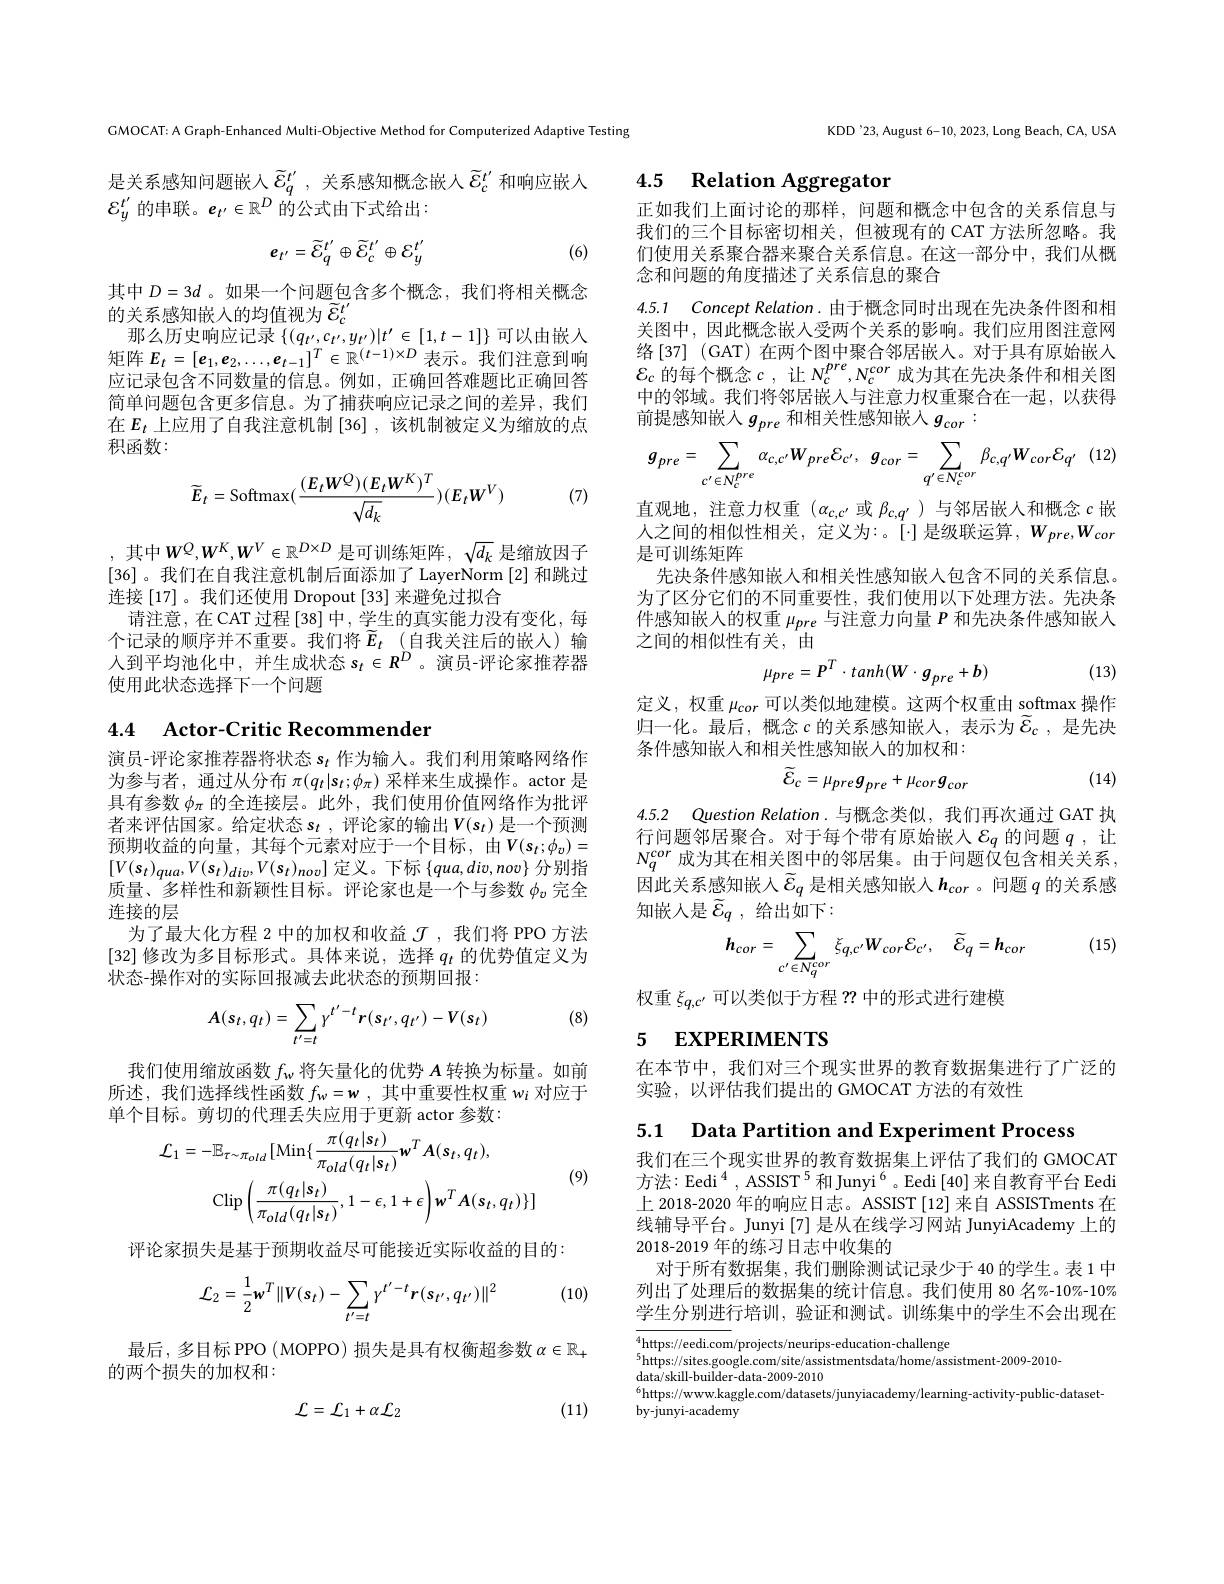
GMOCAT: A Graph-Enhanced Multi-Objective Method for Computerized Adaptive Testing

是关系感知问题嵌入$\tilde{\varepsilon}_q^{t^{\prime}}$,关系感知概念嵌人$\tilde{\varepsilon}_c^{t^{\prime}}$和响应嵌入
${\mathcal{E}}_y^{t^{\prime}}$的串联。$e_t^{\prime}\in\mathbb{R}^D$ 的公式由下式给出：
$$e_{t^{\prime}}=\widetilde{\mathcal{E}}_{q}^{t^{\prime}}\oplus\widetilde{\mathcal{E}}_{c}^{t^{\prime}}\oplus\mathcal{E}_{y}^{t^{\prime}}$$
(6)

其中$D=3d$ 。如果一个问题包含多个概念，我们将相关概念
的关系感知嵌入的均值视为$\widetilde{\varepsilon}_c^{t^{\prime}}$
那么历史响应记录$\{(q_{t^{\prime}},c_{t^{\prime}},y_{t^{\prime}})|t^{\prime}\in[1,t-1]\}$可以由嵌入矩阵$E_t=[\boldsymbol{e}_1,\boldsymbol{e}_2,\ldots,\boldsymbol{e}_{t-1}]^T\in\mathbb{R}^{(t-1)\times D}$表示。我们注意到响应记录包含不同数量的信息。例如，正确回答难题比正确回答简单问题包含更多信息。为了捕获响应记录之间的差异，我们在$E_t$ 上应用了自我注意机制 [36] ,该机制被定义为缩放的点积函数：
$$\widetilde{E}_{t}=\mathrm{Softmax}(\frac{(E_{t}W^{Q})(E_{t}W^{K})^{T}}{\sqrt{d_{k}}})(E_{t}W^{V})$$
(7)

, 其中$W^Q,W^K,W^V\in\mathbb{R}^{D\times D}$ 是可训练矩阵$,\sqrt d_k$ 是缩放因子[36]。我们在自我注意机制后面添加了 LayerNorm [2]和跳过连接 [17] 。我们还使用 Dropout [33] 来避免过拟合
请注意，在 CAT 过程 [38] 中，学生的真实能力没有变化，每个记录的顺序并不重要。我们将$\tilde{E} _t$ (自我关注后的嵌人)输人到平均池化中，并生成状态$s_t\in R^D$ 。演员-评论家推荐器使用此状态选择下一个问题

# 4.4 Actor-Critic Recommender

演员-评论家推荐器将状态$s_t$作为输人。我们利用策略网络作为参与者，通过从分布$\pi(q_t|\mathbf{s}_t;\phi_\pi)$采样来生成操作。actor 是具有参数$\phi_\mathrm{\pi}$的全连接层。此外，我们使用价值网络作为批评者来评估国家。给定状态 $s_t$ ,评论家的输出$V(s_t)$ 是一个预测预期收益的向量，其每个元素对应于一个目标，由$V(s_t;\phi_v)=$ $[V(s_t)_{qua},V(s_t)_{div},V(s_t)_{nov}]$定义。下标$\{qua,div,nov\}$分别指质量、多样性和新颖性目标。评论家也是一个与参数$\phi_v$完全连接的层
为了最大化方程 2 中的加权和收益$\mathcal{J}$ ,我们将 PPO 方法[32]修改为多目标形式。具体来说，选择$q_t$的优势值定义为状态-操作对的实际回报减去此状态的预期回报：

(8)
$$A(s_t,q_t)=\sum_{t'=t}\gamma^{t'-t}r(s_{t'},q_{t'})-V(s_t)$$
我们使用缩放函数$f_\mathrm{w}$将矢量化的优势$A$转换为标量。如前所述，我们选择线性函数$f_w= w$ ,其中重要性权重$w_i$对应于单个目标。剪切的代理丢失应用于更新 actor 参数：
$$\begin{aligned}&\text{口 小。为 9001 N}\\&\mathcal{L}_{1}=-\mathbb{E}_{\tau\sim\pi_{old}}[\mathrm{Min}\{\frac{\pi(q_{t}|s_{t})}{\pi_{old}(q_{t}|s_{t})}\boldsymbol{w}^{T}\boldsymbol{A}(\boldsymbol{s}_{t},q_{t}),\\&\mathrm{Clip}\left(\frac{\pi(q_{t}|s_{t})}{\pi_{old}(q_{t}|s_{t})},1-\epsilon,1+\epsilon\right)\boldsymbol{w}^{T}\boldsymbol{A}(\boldsymbol{s}_{t},q_{t})\}]\end{aligned}$$
(9)

评论家损失是基于预期收益尽可能接近实际收益的目的：

(10)
$$\mathcal{L}_{2}=\frac{1}{2}\mathbf{w}^{T}\|V(s_{t})-\sum_{t^{\prime}=t}\gamma^{t^{\prime}-t}\mathbf{r}(s_{t^{\prime}},q_{t^{\prime}})\|^{2}$$
最后，多目标 PPO ( MOPPO) 损失是具有权衡超参数$\alpha\in\mathbb{R}_+$
的两个损失的加权和：

(11)
$$\mathcal{L}=\mathcal{L}_{1}+\alpha\mathcal{L}_{2}$$
KDD'23, August 6-10, 2023, Long Beach, CA, USA

4.5 Relation Aggregaton

正如我们上面讨论的那样，问题和概念中包含的关系信息与我们的三个目标密切相关，但被现有的 CAT 方法所忽略。我们使用关系聚合器来聚合关系信息。在这一部分中，我们从概念和问题的角度描述了关系信息的聚合

4.5.1 Concept Relation.由于概念同时出现在先决条件图和相

关图中，因此概念嵌入受两个关系的影响。我们应用图注意网络[37](GAT)在两个图中聚合邻居嵌人。对于具有原始嵌入$\mathcal{E}_c$的每个概念$c$,让$N_c^{pre},N_c^{cor}$成为其在先决条件和相关图中的邻域。我们将邻居嵌入与注意力权重聚合在一起，以获得前提感知嵌入$g_{pre}$ 和相关性感知嵌入$g_{cor}:$
$$g_{pre}=\sum_{c^{\prime}\in N_{c}^{pre}}\alpha_{c,c^{\prime}}W_{pre}E_{c^{\prime}},\:g_{cor}=\sum_{q^{\prime}\in N_{c}^{cor}}\beta_{c,q^{\prime}}W_{cor}E_{q^{\prime}}$$
直观地，注意力权重($\alpha_c,c^{\prime}$或 $\beta_{c,q^{\prime}}$)与邻居嵌人和概念$c$ 嵌人之间的相似性相关，定义为：。[$\cdot]是级联运算，W_{pre},W_{cor}$ 是可训练矩阵
先决条件感知嵌入和相关性感知嵌入包含不同的关系信息。为了区分它们的不同重要性，我们使用以下处理方法。先决条件感知嵌入的权重$\mu_{pre}$与注意力向量$P$和先决条件感知嵌人之间的相似性有关，由
$$\mu_{pre}=P^{T}\cdot tanh(W\cdot g_{pre}+b)$$
(13)

定义，权重$\mu_{cor}$可以类似地建模。这两个权重由 softmax 操作归一化。最后，概念$c$ 的关系感知嵌入，表示为$\tilde{\mathcal{E}}_c$,是先决条件感知嵌入和相关性感知嵌入的加权和：
$$\widetilde{\mathcal{E}}_{c}=\mu_{pre}g_{pre}+\mu_{cor}g_{cor}$$
(14)

4.5.2 Question Relation.与概念类似，我们再次通过 GAT 执

行问题邻居聚合。对于每个带有原始嵌入$\varepsilon_q$ 的问题 $q$ ,让$N_q^{cor}$成为其在相关图中的邻居集。由于问题仅包含相关关系因此关系感知嵌人$\tilde{\varepsilon}_q$ 是相关感知嵌入$h_{cor}$ 。问题 $q$ 的关系感知嵌入是$\tilde{\varepsilon}_q,\hat{\text{给出如下}}:$

(15)
$$h_{cor}=\sum_{c^{\prime}\in N_{q}^{cor}}\xi_{q,c^{\prime}}W_{cor}\mathcal{E}_{c^{\prime}},\quad\widetilde{\mathcal{E}}_{q}=\boldsymbol{h}_{cor}$$
权重$\xi_{q,c^{\prime}}$可以类似于方程 ?? 中的形式进行建模

# 5 EXPERIMENTS

在本节中，我们对三个现实世界的教育数据集进行了广泛的
实验，以评估我们提出的 GMOCAT 方法的有效性

5.1 Data Partition and Experiment Process

我们在三个现实世界的教育数据集上评估了我们的 GMOCAT 方法：Eedi $^4,\text{ASSIST}^5$和 Junyi $^6$。Eedi [40]来自教育平台 Eedi 上 2018-2020 年的响应日志。ASSIST[12]来自 ASSISTments 在线辅导平台。Junyi [7]是从在线学习网站 JunyiAcademy 上的2018-2019 年的练习日志中收集的
对于所有数据集，我们删除测试记录少于 40 的学生。表 1 中列出了处理后的数据集的统计信息。我们使用 80 名%-10%-10% 学生分别进行培训，验证和测试。训练集中的学生不会出现在

$\overline{{^4\text{https://eedi.com}}}/$projects/neurips-education-challenge
$^{5}$https://sites.google.com/site/assistmentsdata/home/assistment-2009-2010-
$\hat{\text{data/skill-builder-data-2009-2010}}$
$^{6}$https://www.kaggle.com/datasets/junyiacademy/learning-activity-public-dataset-
by-junyi-academy